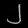
Digit: ၂